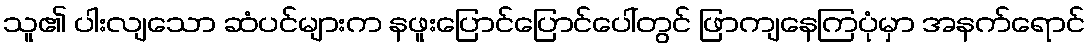
သူ၏ ပါးလျသော ဆံပင်များက နဖူးပြောင်ပြောင်ပေါ်တွင် ဖြာကျနေကြပုံမှာ အနက်ရောင်